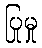
ပြုမှု